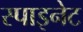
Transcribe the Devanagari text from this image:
स्पाइनेट